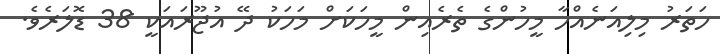
ހަތަރު މިލިއަނެއްހާ މީހުންގެ ތެރެއިން މީހަކަށް މަހަކު ދޭ އުޖޫރައަކީ 38 ޑޮލަރެވެ.